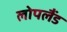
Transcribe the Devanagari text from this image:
लोपलैंड